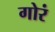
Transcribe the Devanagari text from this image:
गोरं